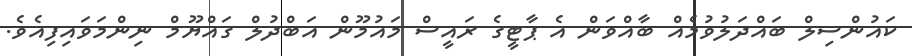
ކައުންސިލް ބައްދަލުވުމެއް ބާއްވަން އެ ޕާޓީގެ ރައީސް މައުމޫން އަބްދުލް ގައްޔޫމް ނިންމަވައިފިއެވެ.